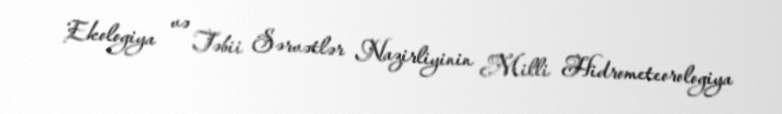
Ekologiya və Təbii Sərvətlər Nazirliyinin Milli Hidrometeorologiya